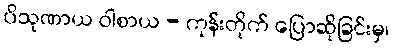
ပိသုဏာယ ဝါစာယ - ကုန်းတိုက် ပြောဆိုခြင်းမှ၊